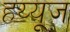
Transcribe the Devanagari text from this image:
हय्यूज